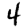
Digit: 4